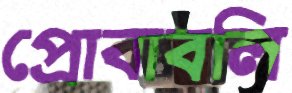
প্রোবাবলি